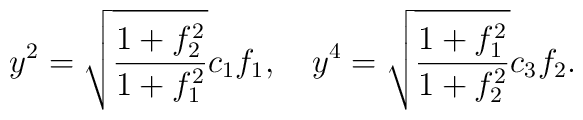
y^2=   \sqrt{\frac{1+f_2^2}{1+f_1^2}}c_1 f_1, \quad  y^4=   \sqrt{\frac{1+f_1^2}{1+f_2^2}}c_3 f_2.